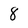
Character: 8